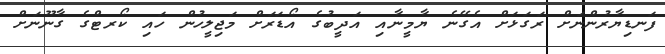
ފަނޑިޔާރުންނަށް ރަގަޅަށް އެގޭނެ ޔާމީނާއި އަދީބުގެ އޯޑަރަށް މަޖިލީހުން ހައި ކޯރޓްގެ ގާނޫނަށް